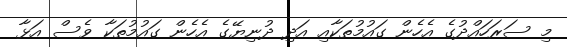
މި ސަރަހައްދުގެ އެހެން ގައުމުތަކާއި އަދި ދުނިޔޭގެ އެހެން ގައުމުތަކާ ވެސް އަޅާ